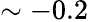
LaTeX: \sim-0.2